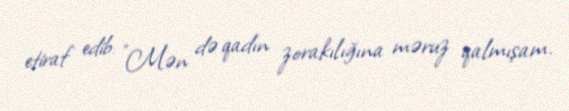
etiraf edib: "Mən də qadın zorakılığına məruz qalmışam.